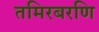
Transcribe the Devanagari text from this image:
तमिरबरणि